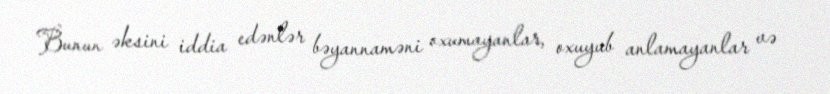
Bunun əksini iddia edənlər bəyannaməni oxumayanlar, oxuyub anlamayanlar və